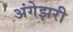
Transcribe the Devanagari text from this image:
अंगेझरी